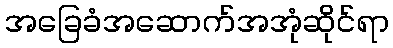
အခြေခံအဆောက်အအုံဆိုင်ရာ